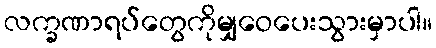
လက္ခဏာရပ်တွေကိုမျှဝေပေးသွားမှာပါ။